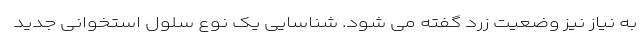
به نیاز نیز وضعیت زرد گفته می شود. شناسایی یک نوع سلول استخوانی جدید